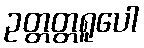
ဥတ္တတ္တရူပေါ